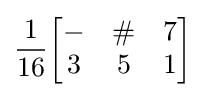
{\frac {1}{16}}{\begin{bmatrix}-&\#&7\\3&5&1\end{bmatrix}}